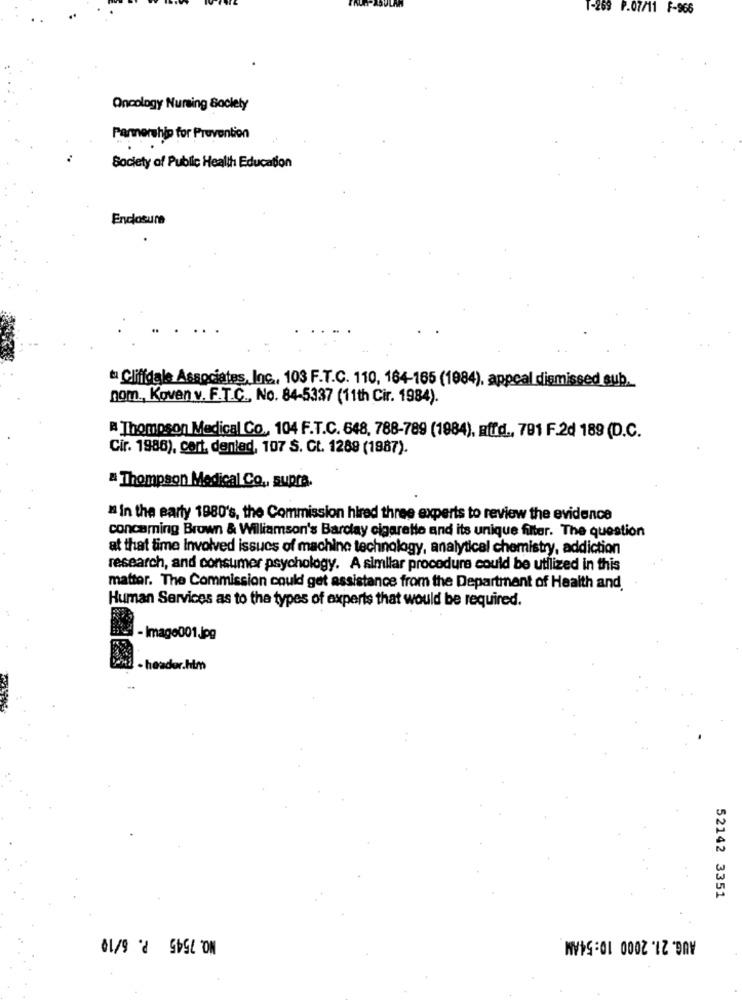
T-269 P.07/11 F-966
Oncology Nursing Society
Partnership for Prevention
Society of Public Health Education
Enclosure
ta Cliffdale Associates, Inc ., 103 F.T.C. 110, 164-165 (1984), appeal dismissed sub.
nom ., Koven v. F.T.C ., No. 84-5337 (11th Cir. 1984).
a Thompson Medical Co ., 104 F.T.C. 648, 788-789 (1984), affd ., 791 F.2d 189 (D.C.
Cir. 1986), cert. denlad, 107 S. Ct. 1289 (1987).
= Thompson Medical Co ., supra.
" In the early 1980's, the Commission hired three experts to review the evidence
concaming Brown & Williamson's Barclay cigarette and its unique filter. The question
at that time Involved issues of machine technology, analytical chemistry, addiction
research, and consumer psychology. A simliar procedure could be utilized in this
mattor. The Commission could get assistance from the Department of Health and.
Human Services as to the types of experts that would be required.
- Image001.Jpg
- header.htm
52142 3351
NO. 7545 P. 6/10
AUG. 21. 2000 10:54AM